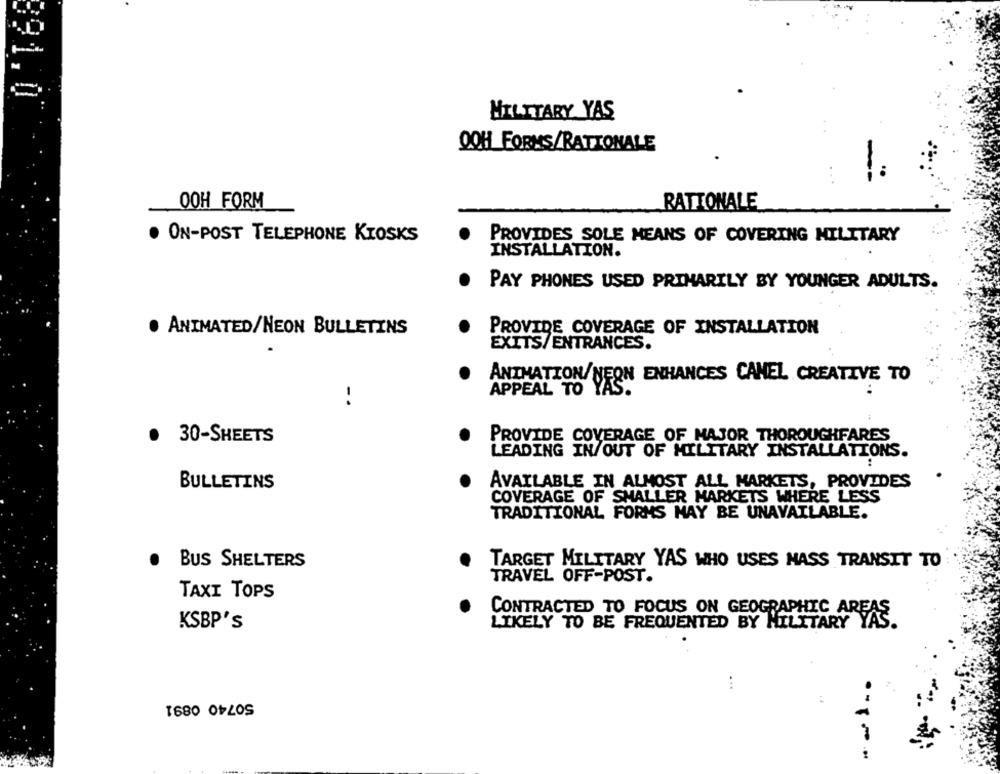
891.0
MILITARY YAS
QOH FORMS/RATIONALE
OOH FORM
RATIONALE
. ON-POST TELEPHONE KIOSKS
PROVIDES SOLE MEANS OF COVERING MILITARY
INSTALLATION.
PAY PHONES USED PRIMARILY BY YOUNGER ADULTS.
. ANIMATED/NEON BULLETINS
PROVIDE COVERAGE OF INSTALLATION
EXITS/ENTRANCES.
ANIMATION/NEON ENHANCES CANEL CREATIVE TO
APPEAL TO
-.
. 30-SHEETS
PROVIDE COVERAGE OF MAJOR THOROUGHFARES
LEADING IN/OUT OF MILITARY INSTALLATIONS.
BULLETINS
AVAILABLE IN ALMOST ALL MARKETS, PROVIDES
COVERAGE OF SMALLER MARKETS WHERE LESS
TRADITIONAL FORMS MAY BE UNAVAILABLE.
BUS SHELTERS
TARGET MILITARY YAS WHO USES MASS TRANSIT TO
TRAVEL OFF-POST.
TAXI TOPS
CONTRACTED TO FOCUS ON GEOGRAPHIC AREAS
KSBP'S
LIKELY TO BE FREQUENTED BY MILITARY YAS.
...
50740 0891